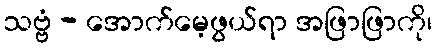
သဗ္ဗံ - အောက်မေ့ဖွယ်ရာ အဖြာဖြာကို၊